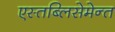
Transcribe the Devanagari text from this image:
एस्तब्लिसेमेन्त